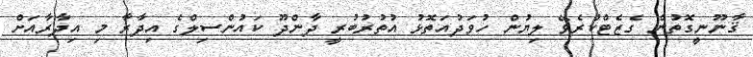
ޤާނޫނީގޮތުން ގެޒެޓްކުރެވޭ ލިޔުން ހުވަދުއަތޮޅު އުތުރުބުރީ ދާންދޫ ކައުންސިލްގެ އިދާރާ މި އިދާރާއަށް